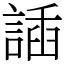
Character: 䛽